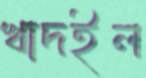
খাদইল